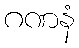
ဂဏနံ